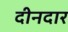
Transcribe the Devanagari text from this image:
दीनदार